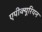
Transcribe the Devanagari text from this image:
एपीक्यूरियन